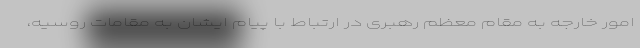
امور خارجه به مقام معظم رهبری در ارتباط با پیام ایشان به مقامات روسیه،